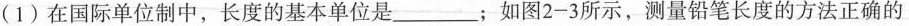
(1)在国际单位制中，长度的基本单位是___；如图2-3所示，测量铅笔长度的方法正确的